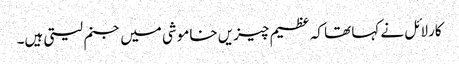
کارلائل نے کہا تھا کہ عظیم چیزیں خاموشی میں جنم لیتی ہیں۔